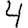
Digit: 4